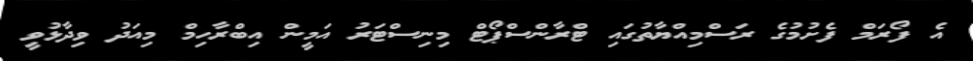
އެ ފޯރަމް ފެށުމުގެ ރަސްމިއްޔާތުގައި ޓްރާންސްޕޯޓް މިނިސްޓަރު އަމީން އިބްރާހިމް މިއަދު ވިދާޅުވީ